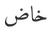
خاض